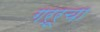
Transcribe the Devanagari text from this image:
गर्रूचा